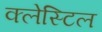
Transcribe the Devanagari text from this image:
क्लेस्टिल